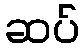
ဆပ်